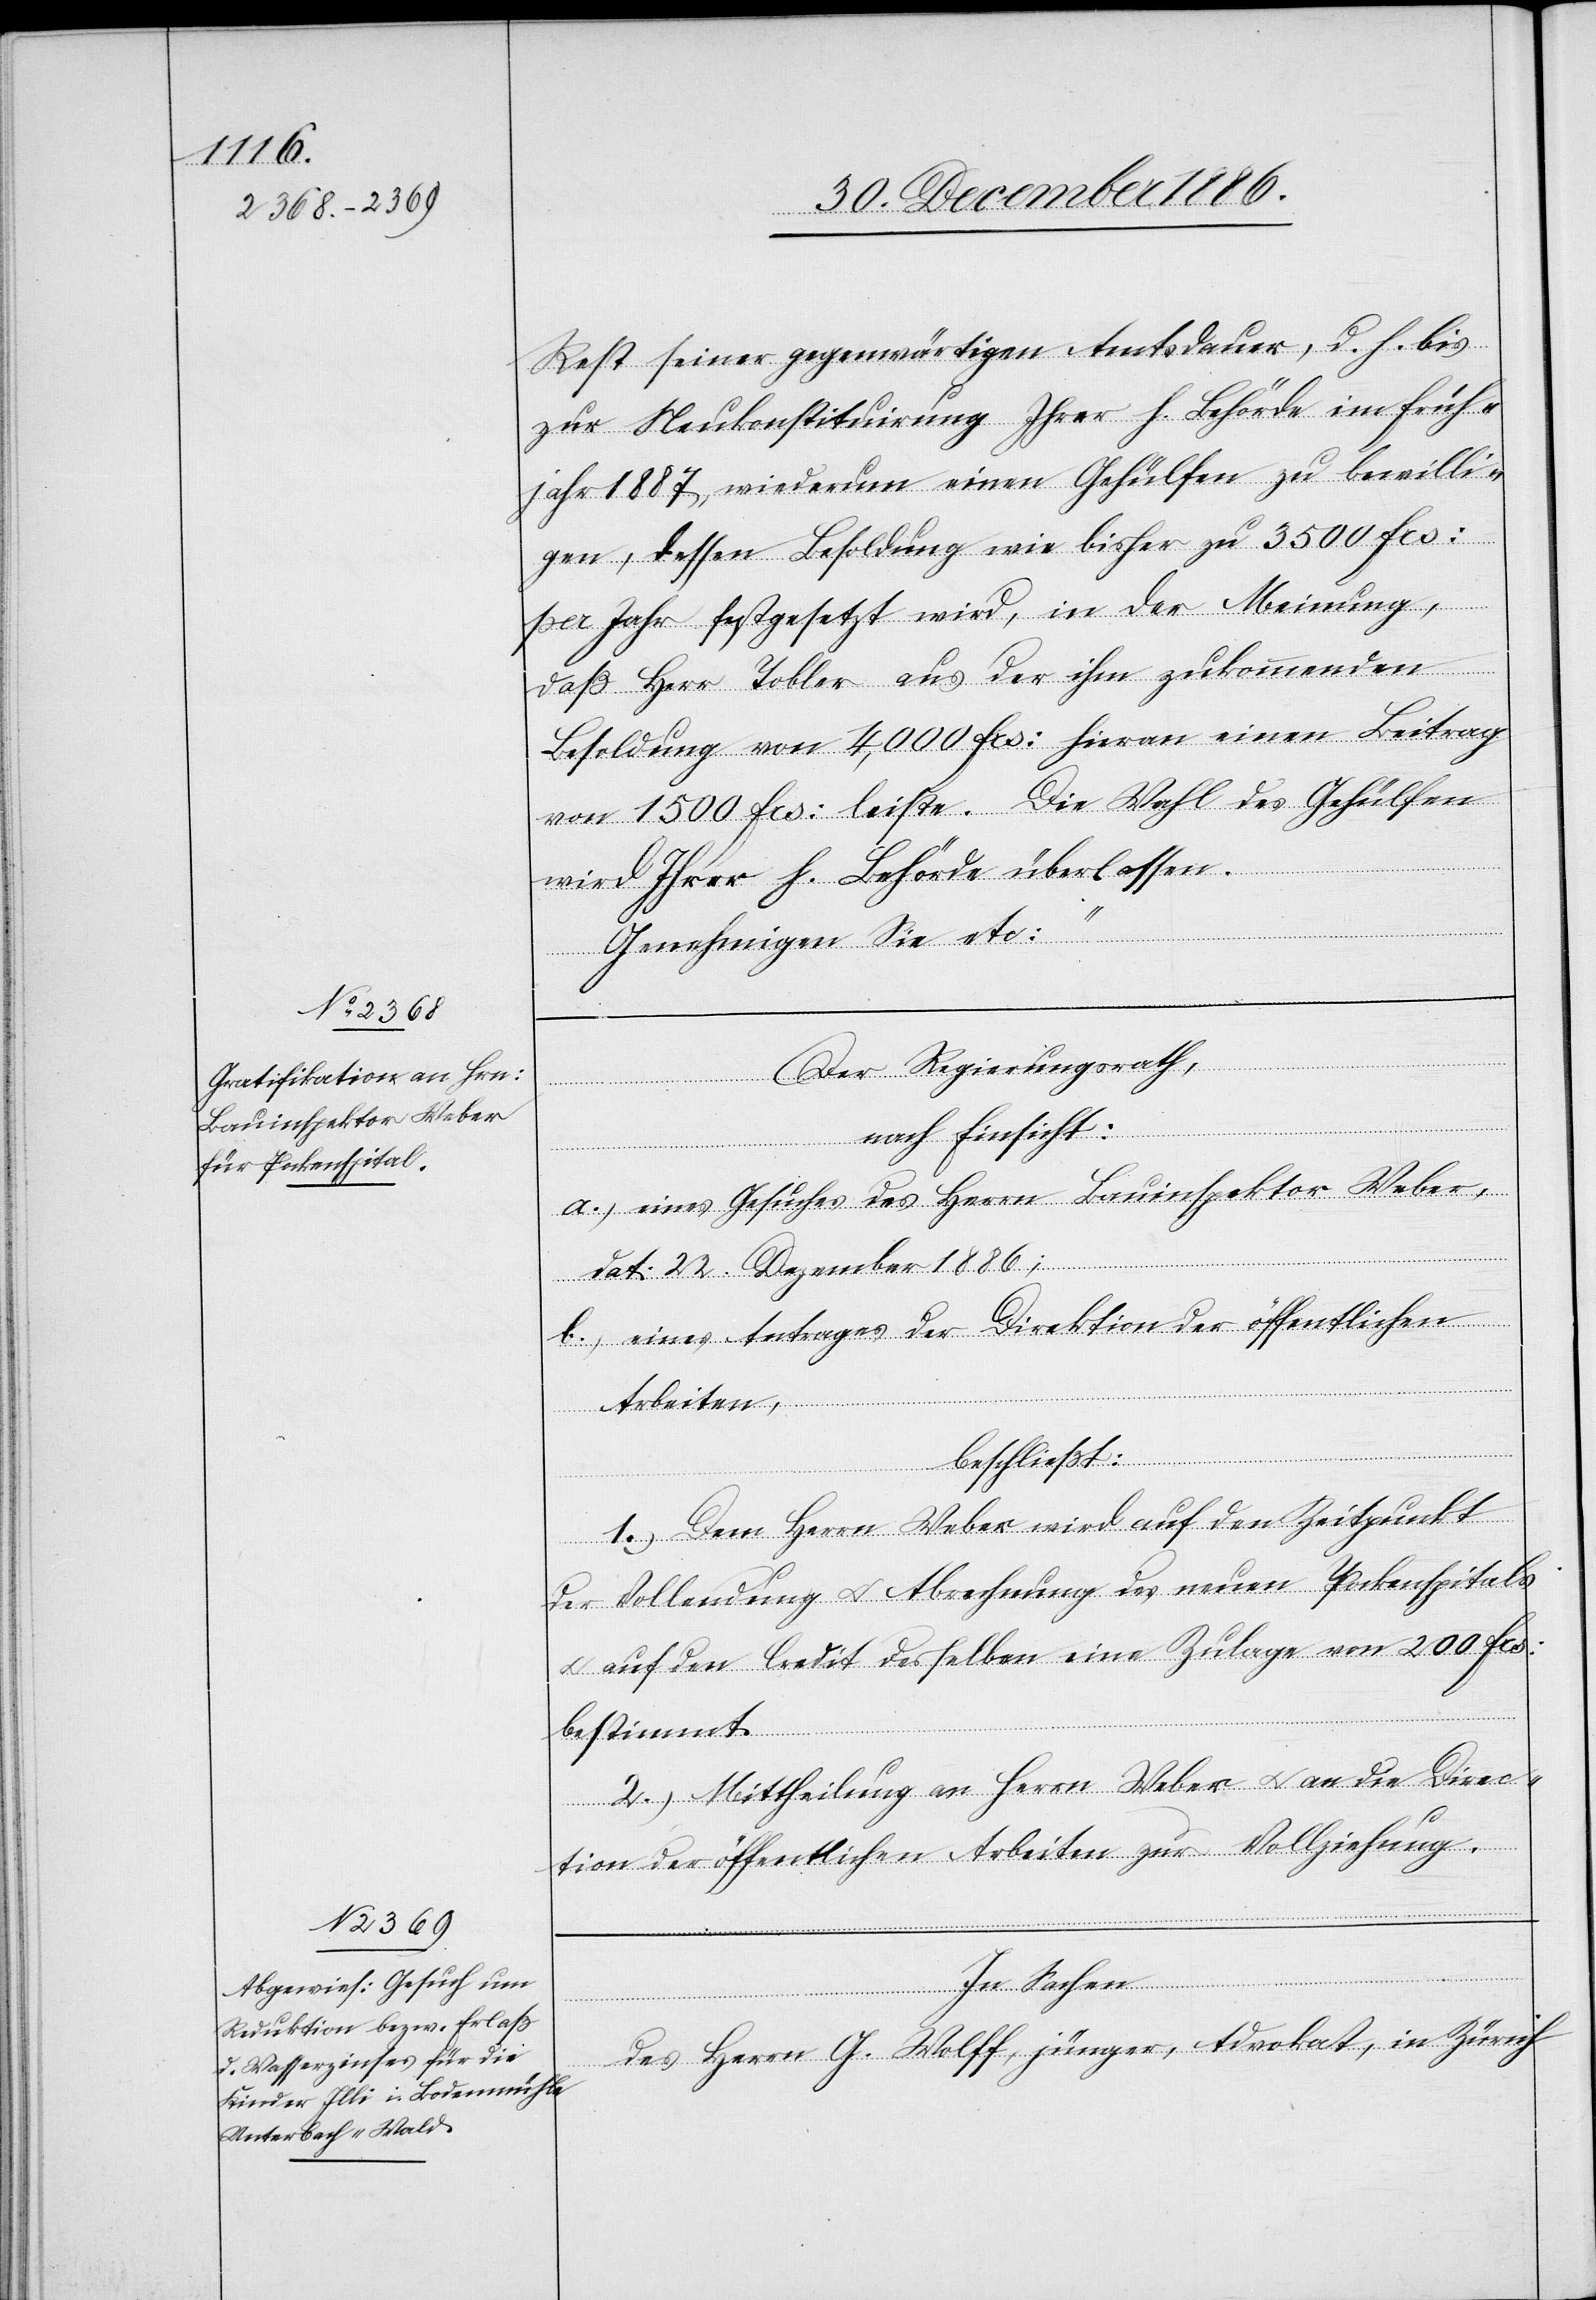
Rest seiner gegenwärtigen Amtsdauer, d. h. bis
zur Neukonstituirung Ihrer h. Behörde im Früh¬
jahr 1887, wiederum einen Gehülfen zu bewilli¬
gen, dessen Besoldung wie bisher zu 3500 Frs:
per Jahr festgesetzt wird, in der Meinung,
daß Herr Tobler aus der ihm zukommenden
Besoldung von 4,000 Frs: hieran einen Beitrag
von 1500 Frs: leiste. Die Wahl des Gehülfen
wird Ihrer h. Behörde überlassen.
Genehmigen Sie etc:“
Der Regierungsrath,
nach Einsicht:
a.) eines Gesuches des Herrn Bauinspektor Weber,
dat: 22. Dezember 1886;
b.) eines Antrages der Direktion der öffentlichen
Arbeiten,
beschließt:
1.) Dem Herrn Weber wird auf den Zeitpunkt
der Vollendung & Abrechnung des neuen Pockenspitals
& auf den Credit desselben eine Zulage von 200 Frs:
bestimmt.
2.) Mittheilung an Herrn Weber & an die Direc¬
tion der öffentlichen Arbeiten zur Vollziehung.
In Sachen
des Herrn G. Wolff, jünger, Advokat, in Zürich